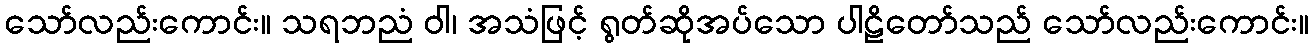
သော်လည်းကောင်း။ သရဘညံ ဝါ၊ အသံဖြင့် ရွတ်ဆိုအပ်သော ပါဠိတော်သည် သော်လည်းကောင်း။